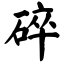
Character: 碎